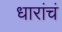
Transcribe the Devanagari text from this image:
धारांचं